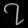
Digit: ၇